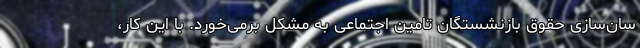
سان‌سازی حقوق بازنشستگان تامین اجتماعی به مشکل برمی‌خورد. با این کار،